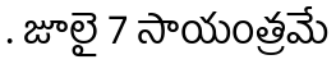
. జూలై 7 సాయంత్రమే